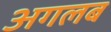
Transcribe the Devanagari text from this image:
अगलब